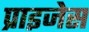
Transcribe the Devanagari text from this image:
प्राइजेस